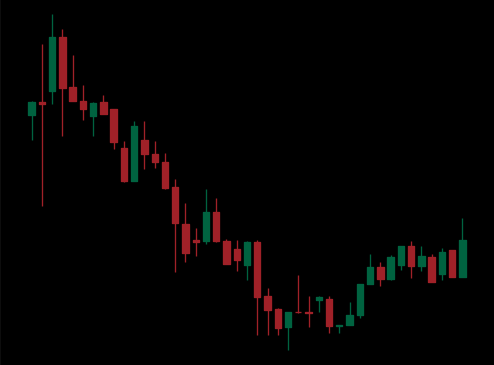
Pattern: bull_flag